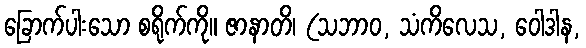
ခြောက်ပါးသော စရိုက်ကို။ ဇာနာတိ၊ (သဘာဝ, သံကိလေသ, ဝေါဒါန,